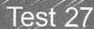
Test 27